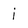
Character: i